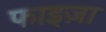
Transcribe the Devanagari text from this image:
फाइज़ा